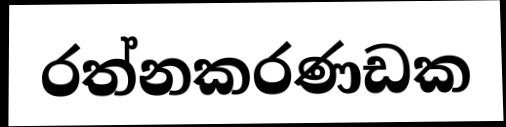
රත්නකරණඩක